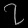
Digit: ၇